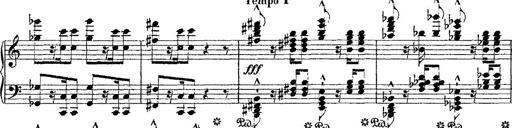
Title: Fantaisie romantique sur deux mÃ©lodies suisses
Composer: Franz Liszt